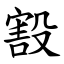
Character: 㲅